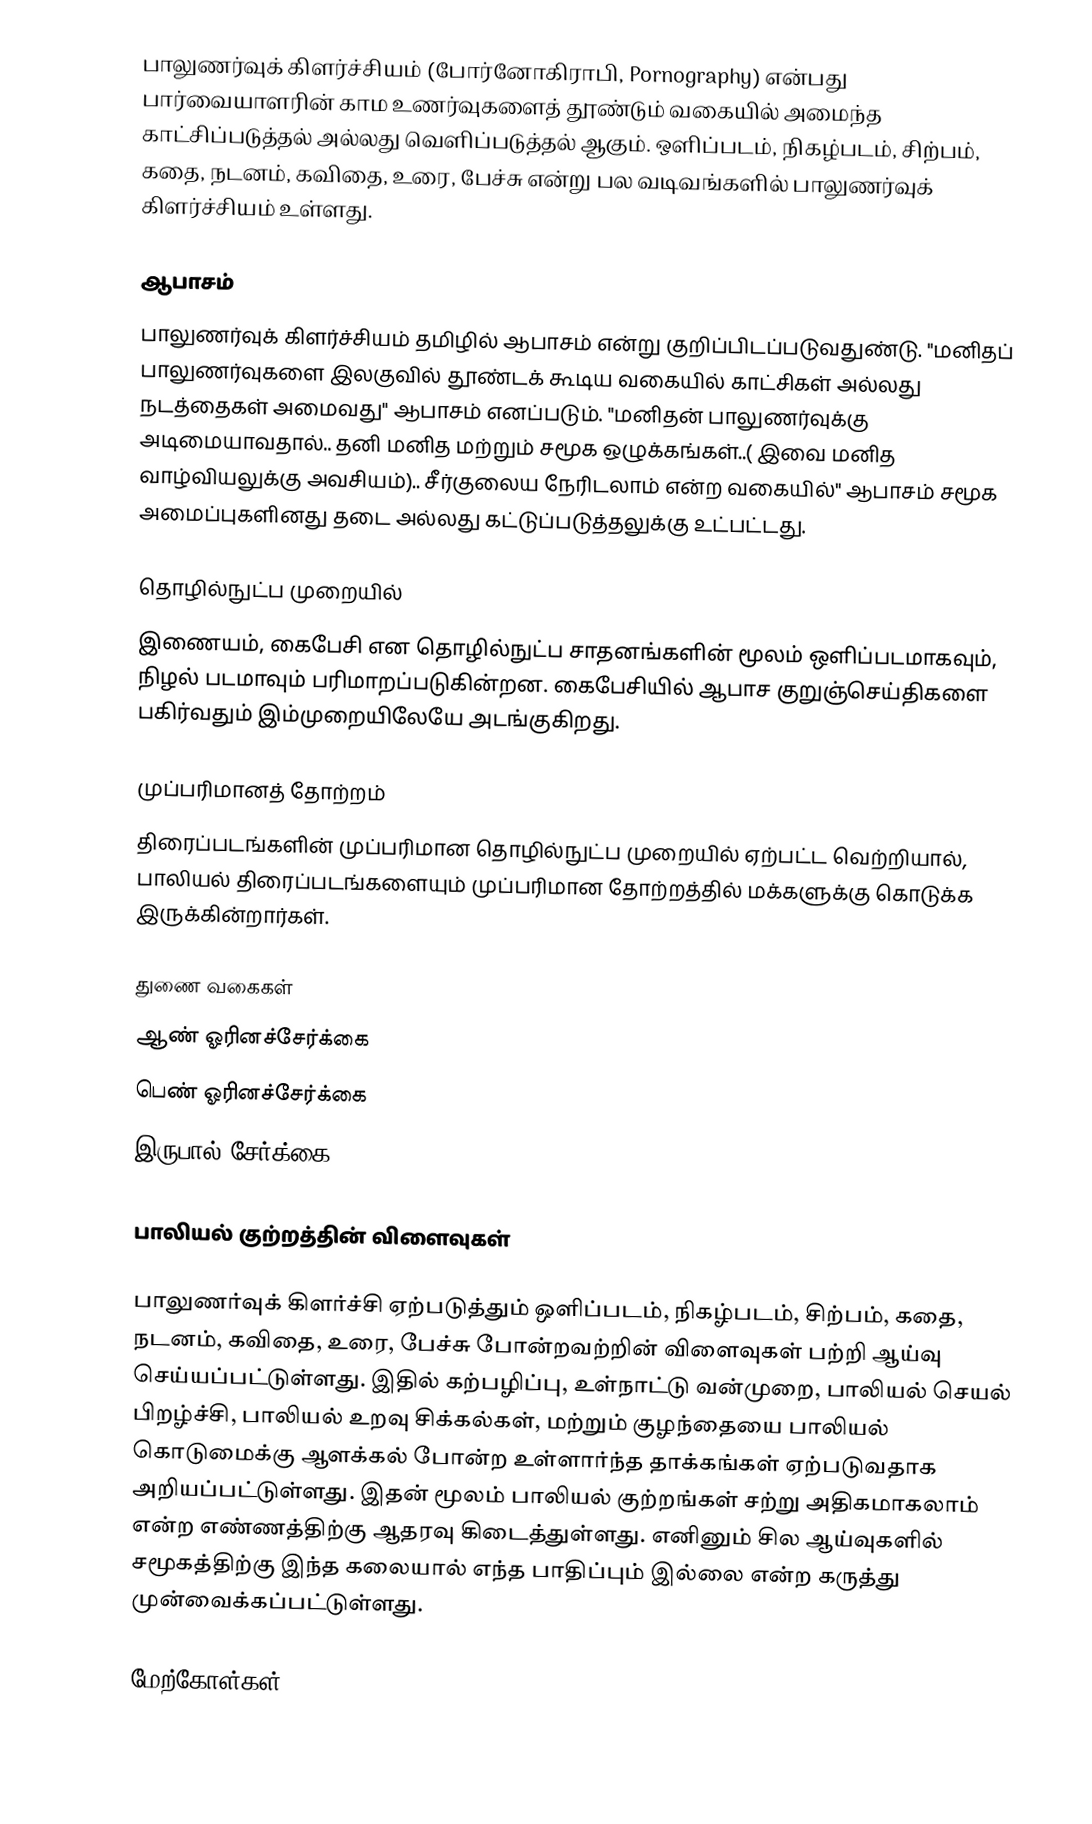
பாலுணர்வுக் கிளர்ச்சியம் (போர்னோகிராபி, Pornography) என்பது பார்வையாளரின் காம உணர்வுகளைத் தூண்டும் வகையில் அமைந்த காட்சிப்படுத்தல் அல்லது வெளிப்படுத்தல் ஆகும். ஒளிப்படம், நிகழ்படம், சிற்பம், கதை, நடனம், கவிதை, உரை, பேச்சு என்று பல வடிவங்களில் பாலுணர்வுக் கிளர்ச்சியம் உள்ளது.

ஆபாசம்
பாலுணர்வுக் கிளர்ச்சியம் தமிழில் ஆபாசம் என்று குறிப்பிடப்படுவதுண்டு. "மனிதப் பாலுணர்வுகளை இலகுவில் தூண்டக் கூடிய வகையில் காட்சிகள் அல்லது நடத்தைகள் அமைவது"  ஆபாசம் எனப்படும். "மனிதன் பாலுணர்வுக்கு அடிமையாவதால்.. தனி மனித மற்றும் சமூக ஒழுக்கங்கள்..( இவை மனித வாழ்வியலுக்கு அவசியம்).. சீர்குலைய நேரிடலாம் என்ற வகையில்"  ஆபாசம் சமூக அமைப்புகளினது தடை அல்லது கட்டுப்படுத்தலுக்கு உட்பட்டது.

தொழில்நுட்ப முறையில்
இணையம், கைபேசி என தொழில்நுட்ப சாதனங்களின் மூலம் ஒளிப்படமாகவும், நிழல் படமாவும் பரிமாறப்படுகின்றன. கைபேசியில் ஆபாச குறுஞ்செய்திகளை பகிர்வதும் இம்முறையிலேயே அடங்குகிறது.

முப்பரிமானத் தோற்றம்
திரைப்படங்களின் முப்பரிமான தொழில்நுட்ப முறையில் ஏற்பட்ட வெற்றியால், பாலியல் திரைப்படங்களையும் முப்பரிமான தோற்றத்தில் மக்களுக்கு கொடுக்க இருக்கின்றார்கள்.

துணை வகைகள்
 ஆண் ஓரினச்சேர்க்கை
 பெண் ஓரினச்சேர்க்கை
 இருபால் சேர்க்கை

பாலியல் குற்றத்தின் விளைவுகள்

பாலுணர்வுக் கிளர்ச்சி ஏற்படுத்தும் ஒளிப்படம், நிகழ்படம், சிற்பம், கதை, நடனம், கவிதை, உரை, பேச்சு போன்றவற்றின் விளைவுகள் பற்றி ஆய்வு செய்யப்பட்டுள்ளது. இதில் கற்பழிப்பு, உள்நாட்டு வன்முறை, பாலியல் செயல் பிறழ்ச்சி, பாலியல் உறவு சிக்கல்கள், மற்றும் குழந்தையை பாலியல் கொடுமைக்கு ஆளக்கல் போன்ற உள்ளார்ந்த தாக்கங்கள் ஏற்படுவதாக அறியப்பட்டுள்ளது. இதன் மூலம் பாலியல் குற்றங்கள் சற்று அதிகமாகலாம் என்ற எண்ணத்திற்கு ஆதரவு கிடைத்துள்ளது. எனினும் சில ஆய்வுகளில் சமூகத்திற்கு இந்த கலையால் எந்த பாதிப்பும் இல்லை என்ற கருத்து முன்வைக்கப்பட்டுள்ளது.

மேற்கோள்கள்